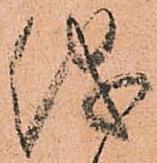
儀